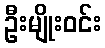
ဦးမျိုးဝင်း